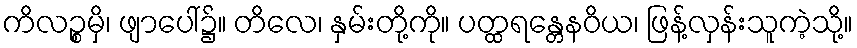
ကိလဉ္စမှိ၊ ဖျာပေါ်၌။ တိလေ၊ နှမ်းတို့ကို။ ပတ္ထရန္တေနဝိယ၊ ဖြန့်လှန်းသူကဲ့သို့။